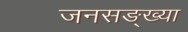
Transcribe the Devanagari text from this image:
जनसङ्ख्या